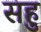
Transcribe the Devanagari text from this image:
सहु